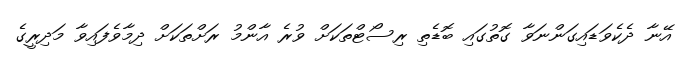
އޭނާ ދެކެވަޑައިގަންނަވާ ގޮތުގައި ބޮޑެތި ރިސޯޓްތަކަށް ވުރެ އާންމު ރަށްތަކަށް ދިމާވެފައިވާ މަދިރީގެ